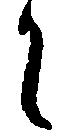
升